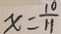
x = \frac { 1 0 } { 1 1 }